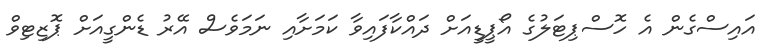
އައިސްގެން އެ ހޮސްޕިޓަލުގެ އޯޕީޑީއަށް ދައްކާފައިވާ ކަމަށާއި ނަމަވެސް އޭރު ޑެންގީއަށް ޕޮޒިޓިވް